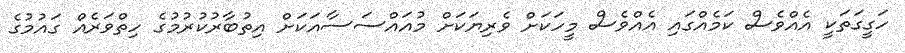
ހަގީގަތަކީ އެއްވެސް ކަމެއްގައި އެއްވެސް މީހަކަށް ވެރިޔަކަށް މުއައްސަސާއަކަށް އިތުބާރުކުރުމުގެ ހިތްވަރެއް ގައުމުގެ